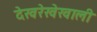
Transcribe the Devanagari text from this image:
देखरेखेखाली